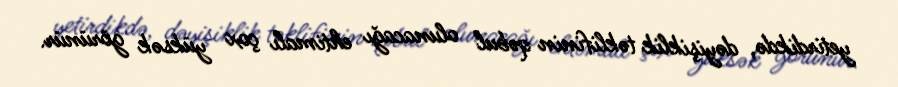
yetirdikdə, dəyişiklik təklifinin qəbul olunacağı ehtimalı çox yüksək görünür.